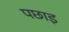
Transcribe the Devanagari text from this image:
पछाइ